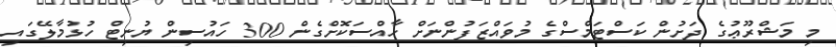
މި މަޝްރޫޢުގެ ދަށުން ކަސްޓަމްސްގެ މުވައްޒަފުންނަށް ހާއްސަކޮށްގެން 300 ހައުސިން ޔުނިޓް ހުޅުމާލޭގައި